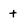
Character: t